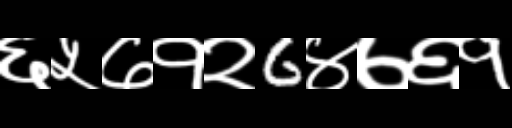
Text: ६५७१२6४७६१